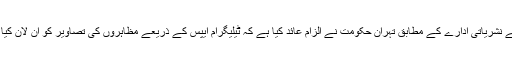
ایراں کے نشریاتی ادارے کے مطابق تہران حکومت نے الزام عائد کیا ہے کہ ٹیلیگرام ایپس کے ذریعے مظاہروں کی تصاویر کو آن لان کیا گیا ہے۔